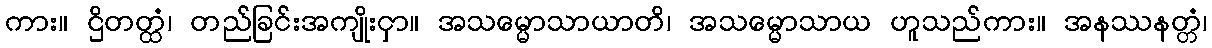
ကား။ ဌိတတ္ထံ၊ တည်ခြင်းအကျိုးငှာ။ အသမ္မောသာယာတိ၊ အသမ္မောသာယ ဟူသည်ကား။ အနဿနတ္တံ၊